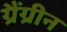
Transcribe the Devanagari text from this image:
ग्रैंग्रीन